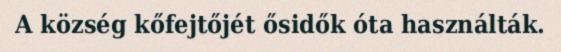
A község kőfejtőjét ősidők óta használták.